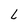
Character: L